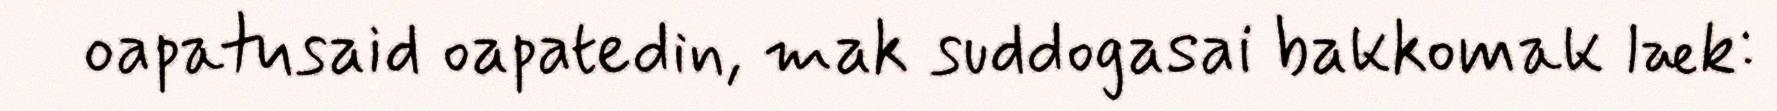
oapatusaid oapatedin, mak suddogasai bakkomak læk: